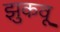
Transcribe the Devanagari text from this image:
झुकवू